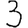
Digit: 3